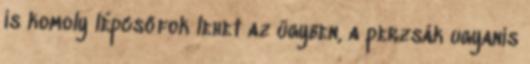
is komoly lépcsőfok lehet az ügyben, a perzsák ugyanis